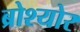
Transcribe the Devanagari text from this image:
ब्रोश्योर